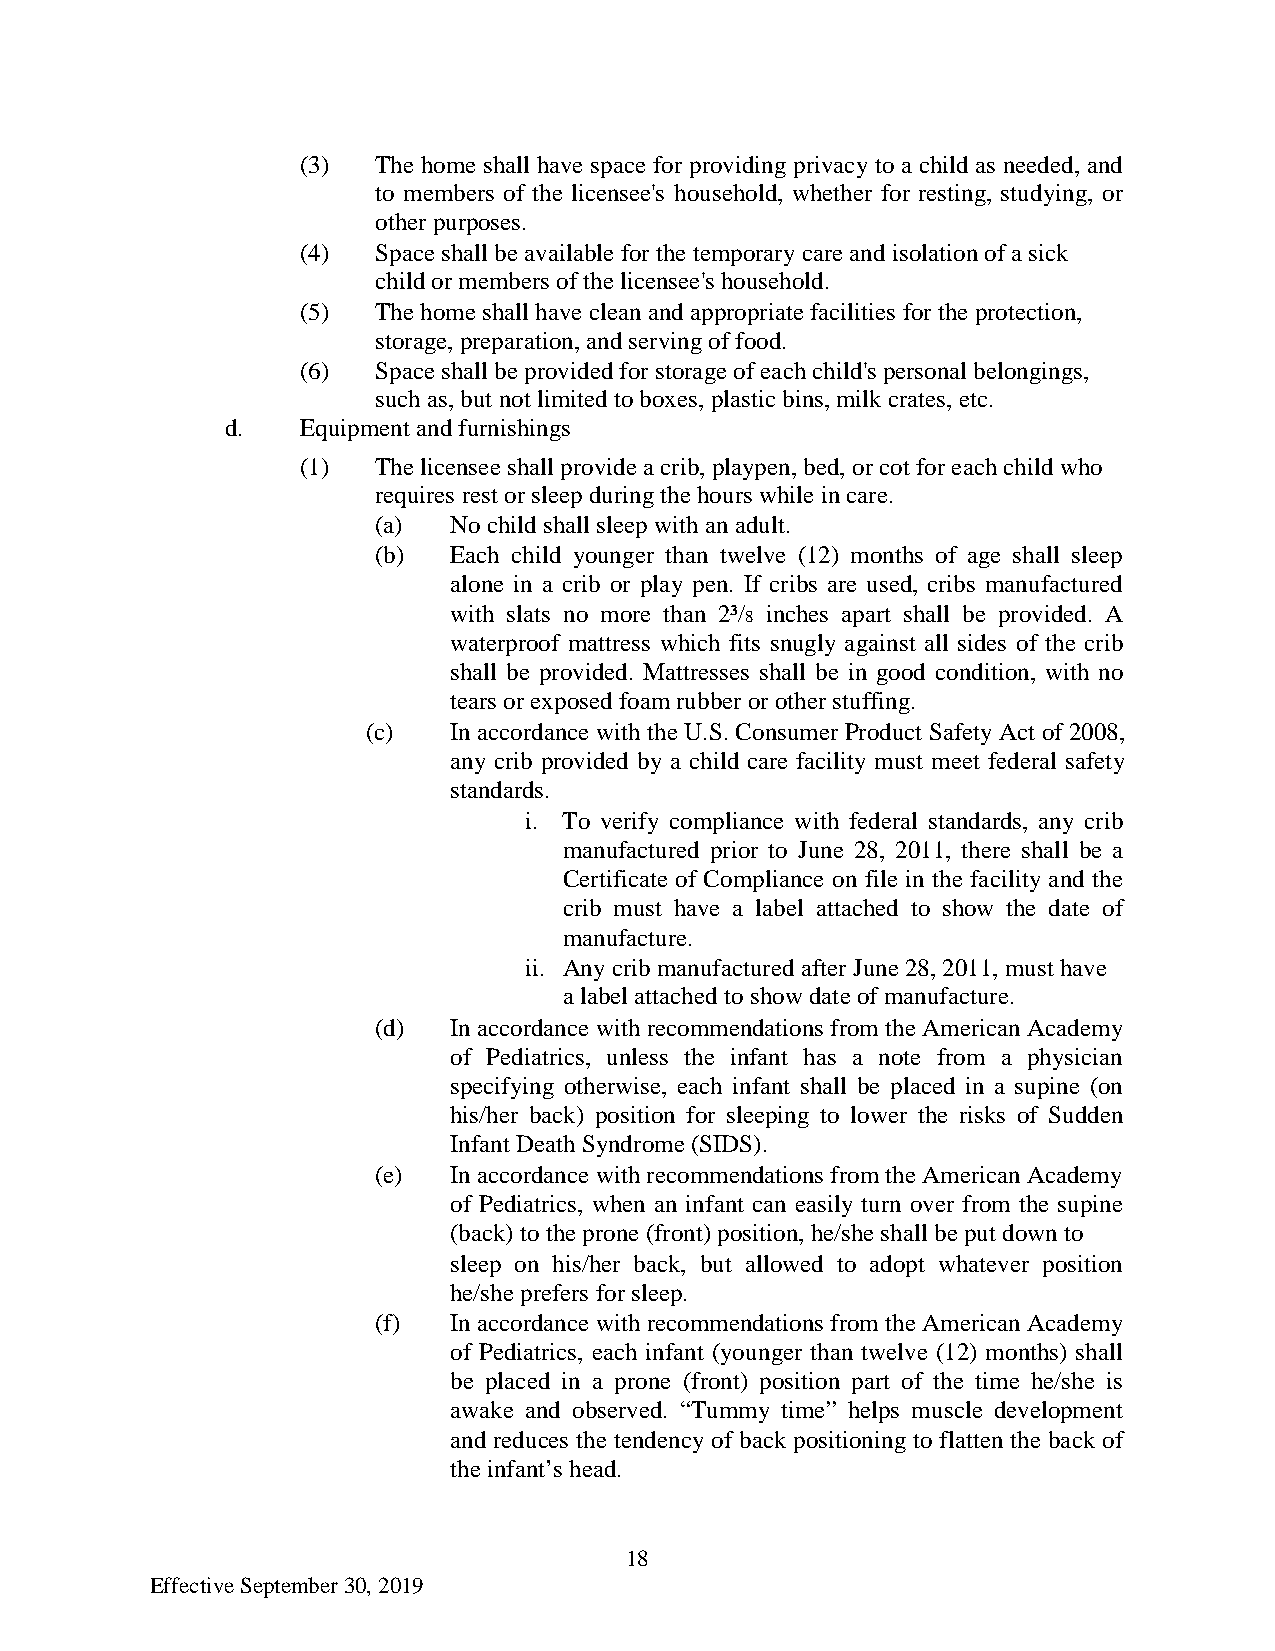
(3)  The home shall have space for providing privacy to a child as needed, and
 to members of the licensee's household, whether for resting, studying, or
 other purposes.
 (4)  Space shall be available for the temporary care and isolation of a sick
 child or members of the licensee's household.
 (5)  The home shall have clean and appropriate facilities for the protection,
 storage, preparation, and serving of food.
 (6)  Space shall be provided for storage of each child's personal belongings,
 such as, but not limited to boxes, plastic bins, milk crates, etc.
 d.   Equipment and furnishings
 (1)  The licensee shall provide a crib, playpen, bed, or cot for each child who
 requires rest or sleep during the hours while in care.
 (a)  No child shall sleep with an adult.
 (b)  Each child younger than twelve (12) months of age shall sleep
 alone in a crib or play pen. If cribs are used, cribs manufactured
 with slats no more than 2³/8 inches apart shall be provided. A
 waterproof mattress which fits snugly against all sides of the crib
 shall be provided. Mattresses shall be in good condition, with no
 tears or exposed foam rubber or other stuffing.
 (c)   In accordance with the U.S. Consumer Product Safety Act of 2008,
 any crib provided by a child care facility must meet federal safety
 standards.
 i. To verify compliance with federal standards, any crib
 manufactured prior to June 28, 2011, there shall be a
 Certificate of Compliance on file in the facility and the
 crib must have a label attached to show the date of
 manufacture.
 ii. Any crib manufactured after June 28, 2011, must have
 a label attached to show date of manufacture.
 (d)  In accordance with recommendations from the American Academy
 of Pediatrics, unless the infant has a note from a physician
 specifying otherwise, each infant shall be placed in a supine (on
 his/her back) position for sleeping to lower the risks of Sudden
 Infant Death Syndrome (SIDS).
 (e)  In accordance with recommendations from the American Academy
 of Pediatrics, when an infant can easily turn over from the supine
 (back) to the prone (front) position, he/she shall be put down to
 sleep on his/her back, but allowed to adopt whatever position
 he/she prefers for sleep.
 (f)  In accordance with recommendations from the American Academy
 of Pediatrics, each infant (younger than twelve (12) months) shall
 be placed in a prone (front) position part of the time he/she is
 awake and observed. “Tummy time” helps muscle development
 and reduces the tendency of back positioning to flatten the back of
 the infant’s head.
 18
 Effective September 30, 2019